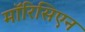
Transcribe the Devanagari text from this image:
मॉरिसिएन